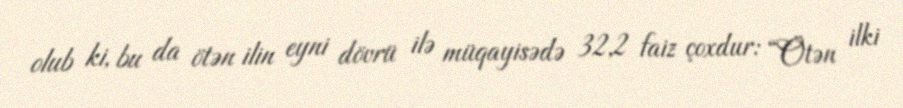
olub ki, bu da ötən ilin eyni dövrü ilə müqayisədə 32,2 faiz çoxdur: “Ötən ilki